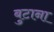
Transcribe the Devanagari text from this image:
बुटाना